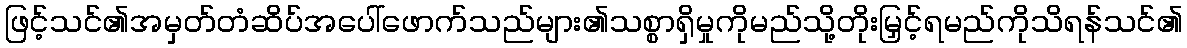
ဖြင့်သင်၏အမှတ်တံဆိပ်အပေါ်ဖောက်သည်များ၏သစ္စာရှိမှုကိုမည်သို့တိုးမြှင့်ရမည်ကိုသိရန်သင်၏